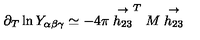
\partial _ { T } \ln Y _ { \alpha \beta \gamma } \simeq - 4 \pi \stackrel { \rightarrow } { h _ { 2 3 } } ^ { T } M \stackrel { \rightarrow } { h _ { 2 3 } }